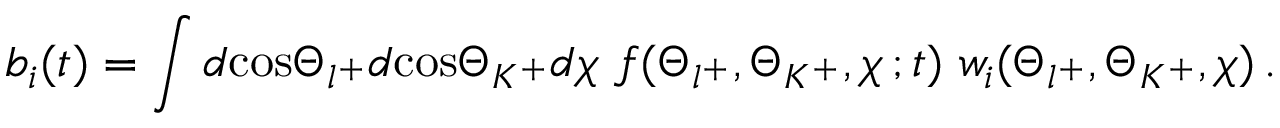
b _ { i } ( t ) = \int d \mathrm { c o s } \Theta _ { l ^ { + } } d \mathrm { c o s } \Theta _ { K ^ { + } } d \chi \, \, f ( \Theta _ { l ^ { + } } , \Theta _ { K ^ { + } } , \chi \, ; t ) \, \, w _ { i } ( \Theta _ { l ^ { + } } , \Theta _ { K ^ { + } } , \chi ) \, .